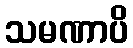
သမဏာပိ